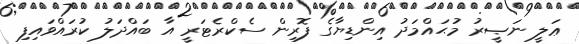
ޢަލީ ނަޞީރު މުޙައްމަދު އިންޑިޔާގެ ފޮރިން ސެކްރެޓަރީ އާ ބައްދަލު ކުރައްވައިފި